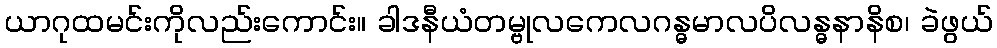
ယာဂုထမင်းကိုလည်းကောင်း။ ခါဒနီယံတမ္ဗုလကေလဂန္ဓမာလပိလန္ဓနာနိစ၊ ခဲဖွယ်